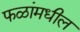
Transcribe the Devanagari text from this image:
फळांमधील